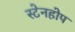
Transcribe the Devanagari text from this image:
स्टेनहोप